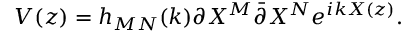
V ( z ) = h _ { M N } ( k ) \partial X ^ { M } \bar { \partial } X ^ { N } e ^ { i k X ( z ) } .